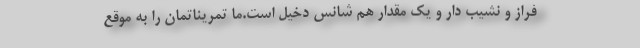
فراز و نشیب دار و یک مقدار هم شانس دخیل است.ما تمریناتمان را به موقع